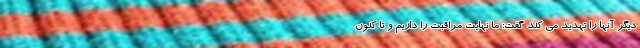
دیگر آنها را تهدید می کند گفت: ما نهایت مراقبت را داریم و تا کنون